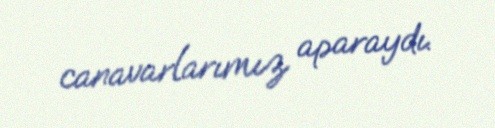
canavarlarımız aparaydı.